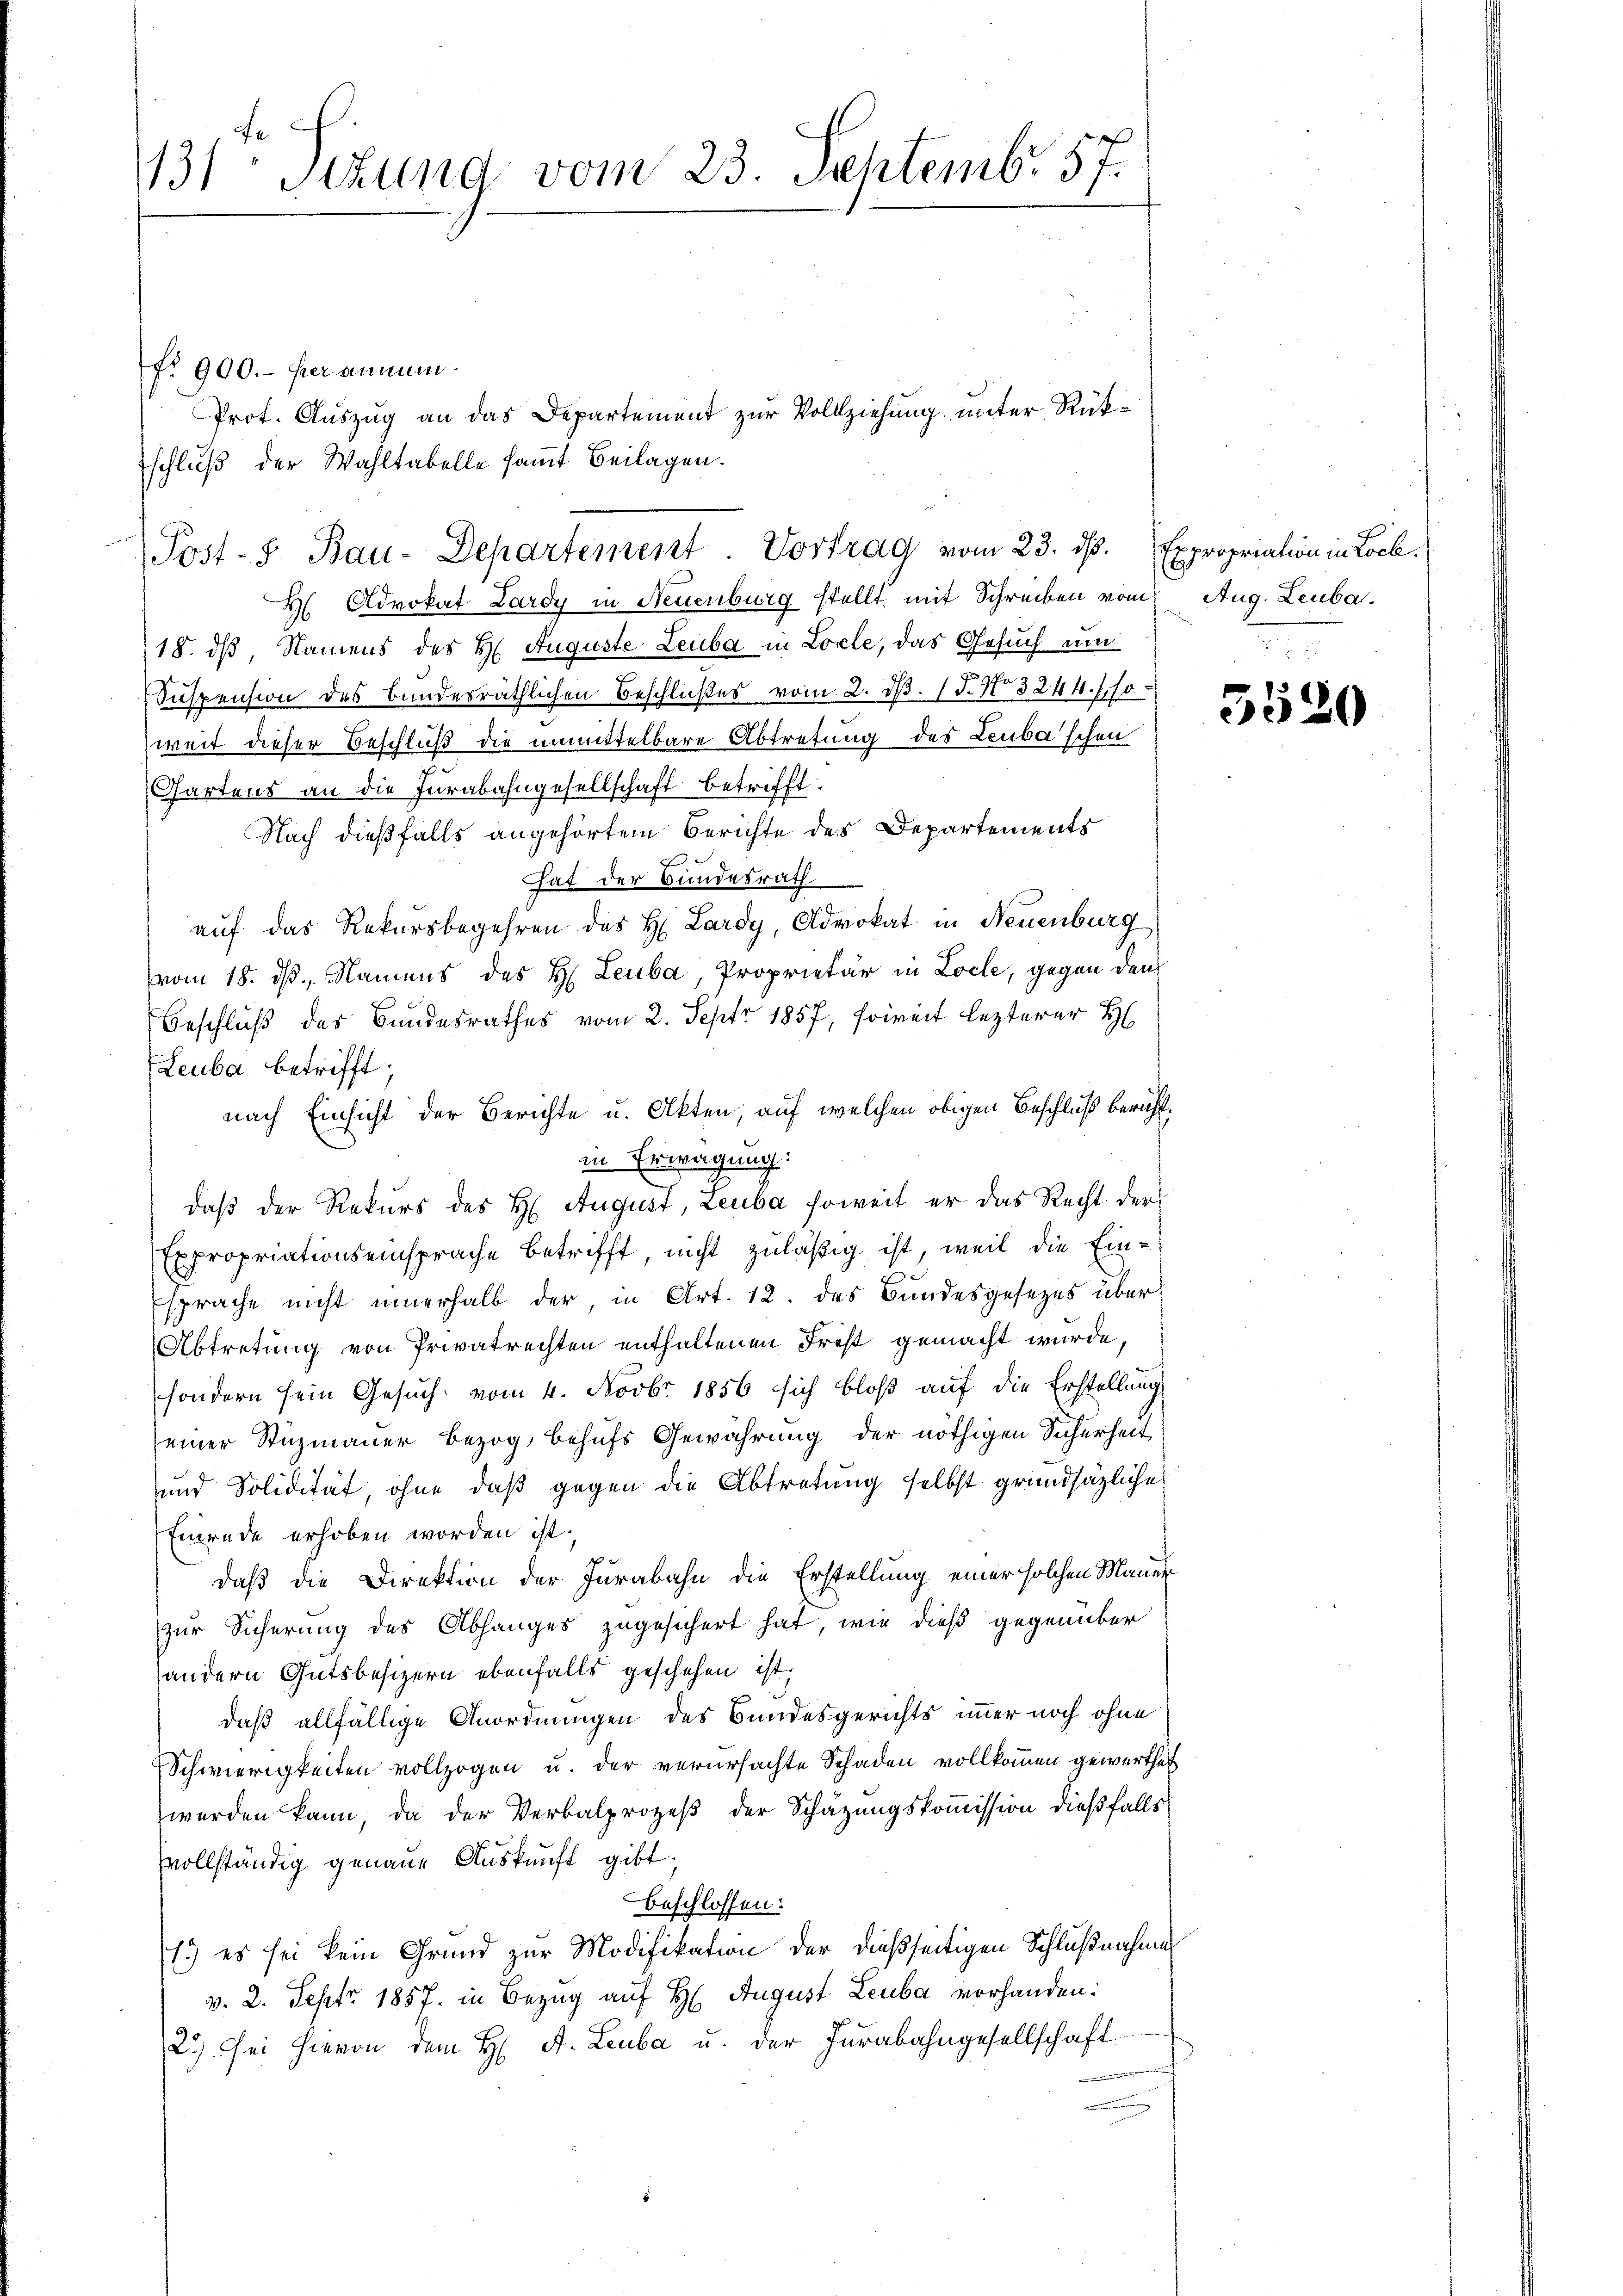
131 Sizung vom 23. Septemb. 57.

No 900.- her annen.
Prot. Auszug an das Departement zur Vollziehung unter Rük¬
H Advokat Lardy in Neuenburg stellt mit Schreiben vom
18. dß, Namens des H. Auguste Leuba in Locle, das Gesuch um
Suspension des Bundesräthlichen Beschlußes vom 2. d. 17. No 3244. 110
weit dieser Beschluß die unmittelbare Abtretung des Leuba'schen
Gartens an die Jurabahngesellschaft betrifft.
Nach dießfalls angehörtem Berichte des Departements
hat der Bundesrath
auf das Rekursbegehren des H. Lardy, Advokat in Neuenburg
vom 18. ds., Namens des H. Leuba, Proprietär in Locle, gegen den
Beschluß des Bundesrathes vom 2. Sept. 1857, soweit lezterer H
Leuba betrifft;
nach Einsicht der Berichte u. Akten, auf welchen obigen Beschluß berichtin Erwägung:
daß der Rekurs des H. August, Leuba soweit er das Recht der
Expropriationseinsprache betrifft, nicht zuläßig ist, weil die Einsprache nicht innerhalb der in Art. 12. des Bundesgesezes über
Abtretung von Privatrechten enthaltenen Frist gemacht wurde,
sondern sein Gesuch vom 4. Novbr. 1856 sich bloß auf die Erstellung
einer Stuzmauer bezog, behufs Gewährung der nöthigen Sicherheit
und Solidität, ohne daβ gegen die Abtretung selbst grundsätzliche
Einrede erhoben worden ist.
daß die Direktion der Jurabahn die Erstellung einer solchen Manen
zur Sicherung des Abhanges zugesichert hat, wie dieß gegenüber
andern Gutsbesizern ebenfalls geschehen ist,
daß allfällige Anordnungen des Bundesgerichts immer noch ohne
Schwierigkeiten vollzogen u. der verursachte Schaden vollkommen gewerthet
werden kann, da der Verbalprozeβ der Schätzungskoṁission dießfalls
vollständig genaue Auskunft gibt.
beschlossen:
1.) es sei kein Grund zur Modifikation der dießseitigen Schlußnahmen
v. 2. Sept 1857. in Bezug auf H. August Leuba vorhanden:
2.) Sei hievon dem H. A. Leuba u. der Jurabahngesellschaft

schluß der Wahltabelle samt Beilagen.
Post-S. Bau-Departement. Vortrag vom 23. ds. Expropriation in Loch

Aug. Leuba

5520